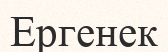
Ергенек